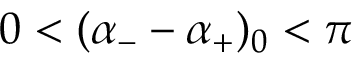
0 < ( \alpha _ { - } - \alpha _ { + } ) _ { 0 } < \pi \,